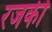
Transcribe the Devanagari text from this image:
रजकी